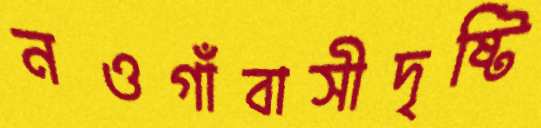
নওগাঁবাসীদৃষ্টি